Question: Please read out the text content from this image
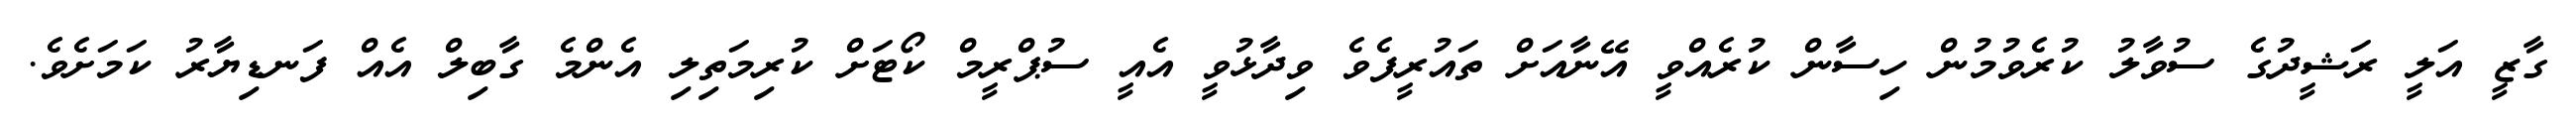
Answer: ގާޒީ އަލީ ރަޝީދުގެ ސުވާލު ކުރެވުމުން ހިސާން ކުރެއްވީ އޭނާއަށް ތައުރީފެވެ ވިދާޅުވީ އެއީ ސުޕްރީމް ކޯޓަށް ކުރިމަތިލި އެންމެ ގާބިލް އެއް ފަނޑިޔާރު ކަމަށެވެ.